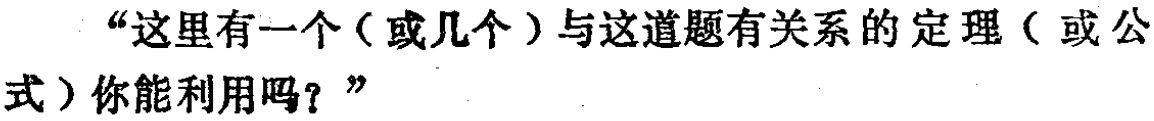
“这里有一个（或几个）与这道题有关系的定理（或公式）你能利用吗？”